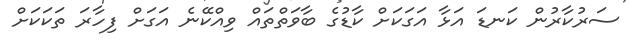
ސަރުކާރުން ކަނޑަ އަޅާ އަގަކަށް ކާޑުގެ ބާވަތްތައް ވިއްކޭނެ އަގަށް ފިހާރަ ތަކަކަށް